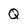
Character: Q